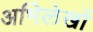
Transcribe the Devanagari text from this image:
अभिेलेखों